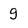
Character: g